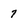
Character: 7